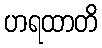
ဟရထာတိ